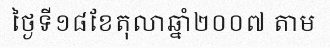
ថ្ងៃទី១៨ខែតុលាឆ្នាំ២០០៧ តាម